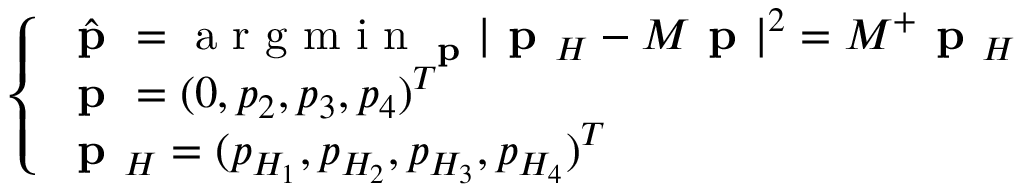
\begin{array} { r l } & { \left\{ \begin{array} { l } { \hat { \textbf { p } } = \textrm { a r g m i n } _ { \textbf { p } } | \textbf { p } _ { H } - M \textbf { p } | ^ { 2 } = M ^ { + } \textbf { p } _ { H } } \\ { \textbf { p } = ( 0 , p _ { 2 } , p _ { 3 } , p _ { 4 } ) ^ { T } } \\ { \textbf { p } _ { H } = ( p _ { H _ { 1 } } , p _ { H _ { 2 } } , p _ { H _ { 3 } } , p _ { H _ { 4 } } ) ^ { T } } \end{array} \right. } \end{array}